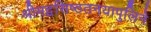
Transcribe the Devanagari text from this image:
श्रीमद्वसिष्ठतनयापुलिने